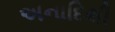
અનાદિથી